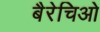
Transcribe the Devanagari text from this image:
बैरेचिओ